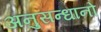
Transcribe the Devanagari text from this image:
अनुसन्धानो